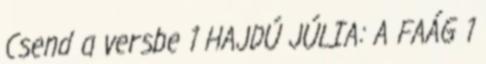
Csend a versbe 1 HAJDÚ JÚLIA: A FAÁG 1